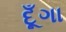
દૂઁગા